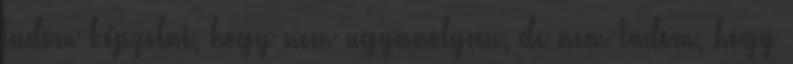
tudom képzelni, hogy nem ugyanolyan, de nem tudom, hogy